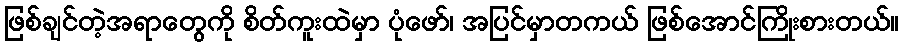
ဖြစ်ချင်တဲ့အရာတွေကို စိတ်ကူးထဲမှာ ပုံဖော်၊ အပြင်မှာတကယ် ဖြစ်အောင်ကြိုးစားတယ်။